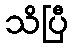
သိပြီ